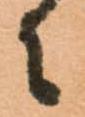
々